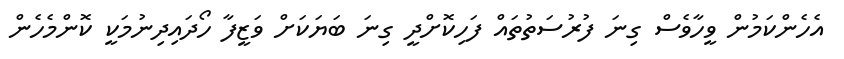
އެހެންކަމުން ވީހާވެސް ގިނަ ފުރުސަތުތައް ފަހިކޮށްދީ ގިނަ ބަޔަކަށް ވަޒީފާ ހޯދައިދިނުމަކީ ކޮންމެހެން